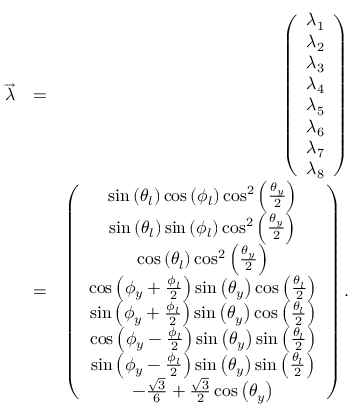
\begin{array} { r l r } { \overrightarrow { \lambda } } & { = } & { \left( \begin{array} { c } { \lambda _ { 1 } } \\ { \lambda _ { 2 } } \\ { \lambda _ { 3 } } \\ { \lambda _ { 4 } } \\ { \lambda _ { 5 } } \\ { \lambda _ { 6 } } \\ { \lambda _ { 7 } } \\ { \lambda _ { 8 } } \end{array} \right) } \\ & { = } & { \left( \begin{array} { c } { \sin \left( \theta _ { l } \right) \cos \left( \phi _ { l } \right) \cos ^ { 2 } \left( \frac { \theta _ { y } } { 2 } \right) } \\ { \sin \left( \theta _ { l } \right) \sin \left( \phi _ { l } \right) \cos ^ { 2 } \left( \frac { \theta _ { y } } { 2 } \right) } \\ { \cos \left( \theta _ { l } \right) \cos ^ { 2 } \left( \frac { \theta _ { y } } { 2 } \right) } \\ { \cos \left( \phi _ { y } + \frac { \phi _ { l } } { 2 } \right) \sin \left( \theta _ { y } \right) \cos \left( \frac { \theta _ { l } } { 2 } \right) } \\ { \sin \left( \phi _ { y } + \frac { \phi _ { l } } { 2 } \right) \sin \left( \theta _ { y } \right) \cos \left( \frac { \theta _ { l } } { 2 } \right) } \\ { \cos \left( \phi _ { y } - \frac { \phi _ { l } } { 2 } \right) \sin \left( \theta _ { y } \right) \sin \left( \frac { \theta _ { l } } { 2 } \right) } \\ { \sin \left( \phi _ { y } - \frac { \phi _ { l } } { 2 } \right) \sin \left( \theta _ { y } \right) \sin \left( \frac { \theta _ { l } } { 2 } \right) } \\ { - \frac { \sqrt { 3 } } { 6 } + \frac { \sqrt { 3 } } { 2 } \cos \left( \theta _ { y } \right) } \end{array} \right) . } \end{array}